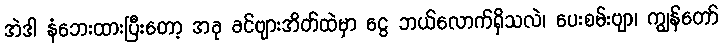
အဲဒါ နံဘေးထားပြီးတော့ အခု ခင်ဗျားအိတ်ထဲမှာ ငွေ ဘယ်လောက်ရှိသလဲ၊ ပေးစမ်းဗျာ၊ ကျွန်တော်